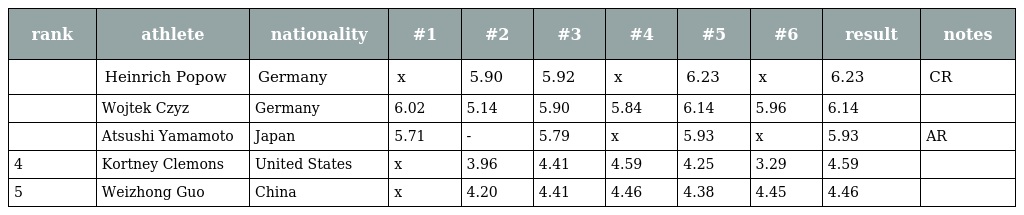
| rank | athlete | nationality | #1 | #2 | #3 | #4 | #5 | #6 | result | notes |
 | --- | --- | --- | --- | --- | --- | --- | --- | --- | --- | --- |
 |  | Heinrich Popow | Germany | x | 5.90 | 5.92 | x | 6.23 | x | 6.23 | CR |
 |  | Wojtek Czyz | Germany | 6.02 | 5.14 | 5.90 | 5.84 | 6.14 | 5.96 | 6.14 |  |
 |  | Atsushi Yamamoto | Japan | 5.71 | - | 5.79 | x | 5.93 | x | 5.93 | AR |
 | 4 | Kortney Clemons | United States | x | 3.96 | 4.41 | 4.59 | 4.25 | 3.29 | 4.59 |  |
 | 5 | Weizhong Guo | China | x | 4.20 | 4.41 | 4.46 | 4.38 | 4.45 | 4.46 |  |